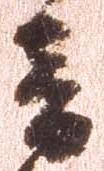
音